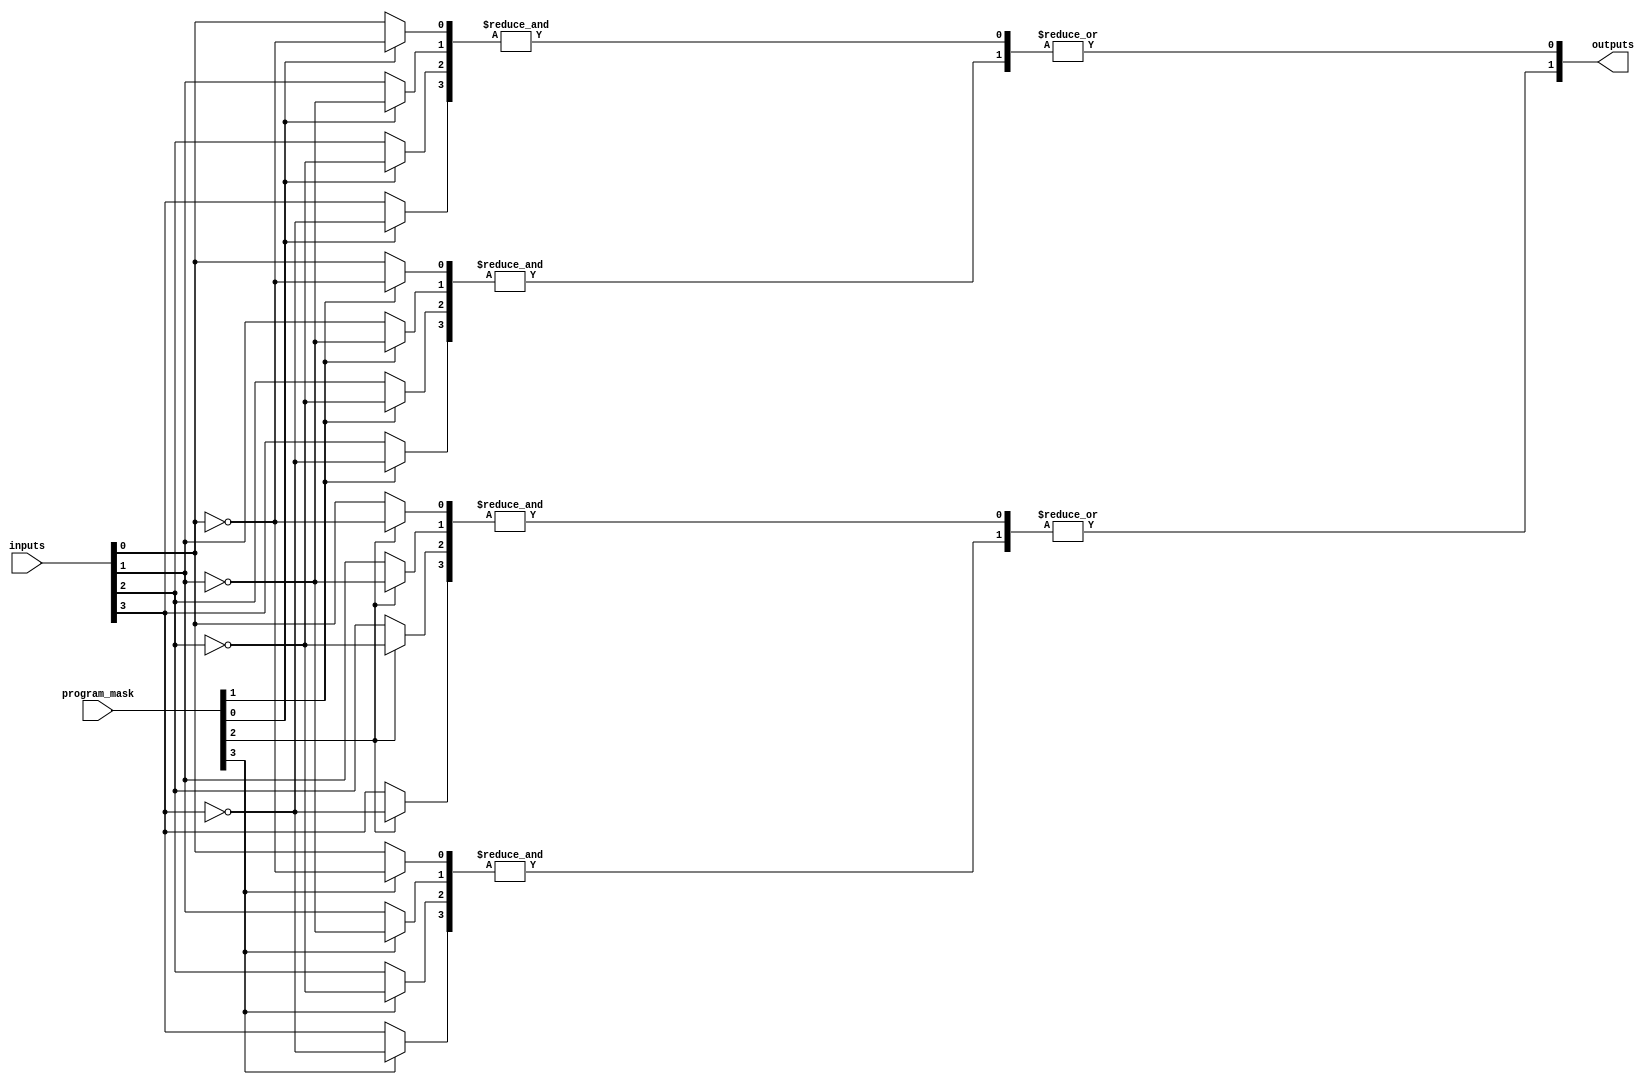
module gpal #(
    parameter NUM_INPUTS = 4,      // Number of inputs
    parameter NUM_AND_GATES = 4,    // Number of AND gates
    parameter NUM_OR_GATES = 2       // Number of OR gates
)(
    input wire [NUM_INPUTS-1:0] inputs,       // Input signals
    input wire [NUM_INPUTS-1:0] program_mask, // Programming mask for AND gates
    output wire [NUM_OR_GATES-1:0] outputs     // Output signals
);

// Internal wires for the AND gates
wire [NUM_AND_GATES-1:0] and_outputs;

// AND Plane: Generate product terms based on inputs and program_mask
genvar i, j;
generate
    for (i = 0; i < NUM_AND_GATES; i = i + 1) begin : and_gate
        wire [NUM_INPUTS-1:0] and_inputs;
        for (j = 0; j < NUM_INPUTS; j = j + 1) begin : input_selection
            assign and_inputs[j] = program_mask[i] ? ~inputs[j] : inputs[j]; // Invert input if programmed
        end
        assign and_outputs[i] = &and_inputs; // AND operation
    end
endgenerate

// OR Plane: Sum the product terms generated by the AND gates
wire [NUM_OR_GATES-1:0] or_outputs;

generate
    for (i = 0; i < NUM_OR_GATES; i = i + 1) begin : or_gate
        assign or_outputs[i] = |and_outputs[i*2 +: 2]; // OR operation on pairs of AND outputs
    end
endgenerate

// Output Stage: Drive the outputs
assign outputs = or_outputs;

endmodule